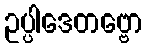
ဥပ္ပါဒေတဗ္ဗော